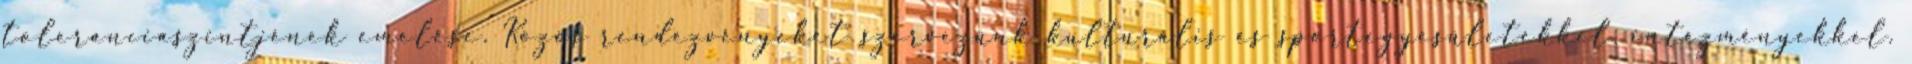
toleranciaszintjének emelése. Közös rendezvényeket szervezünk kulturális és sportegyesületekkel, intézményekkel.